Vaccination report Assam 1896-1927 - 1896-1927
Year: 1896
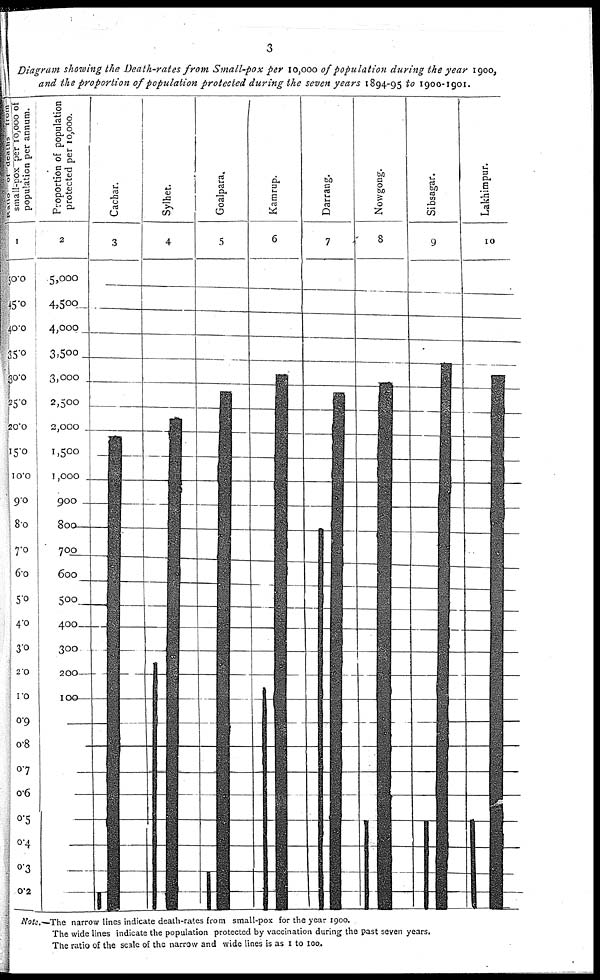
3
Diagram showing the Death-rates from Small-pox per 10,000 of population during the year 1900,
and the proportion of population protected during the seven years 1894-95 to 1900-1901.
Note.—The narrow lines indicate death-rates from small-pox for the year 1900.
The wide lines indicate the population protected by vaccination during the past seven years.
The ratio of the scale of the narrow and wide lines is as 1 to 100.